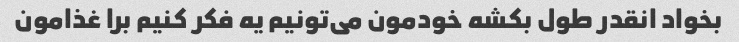
بخواد انقدر طول بکشه خودمون می‌تونیم یه فکر کنیم برا غذامون